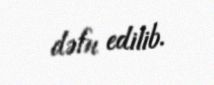
dəfn edilib.